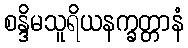
စန္ဒိမသူရိယနက္ခတ္တာနံ